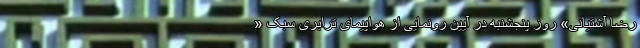
رضا آشتیانی» روز پنجشنبه در آیین رونمایی از هواپیمای ترابری سبک «